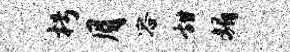
枵月容甜媚